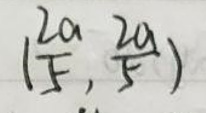
$( \frac { 2 a } { 5 }, \frac { 2 a } { 5 } )$